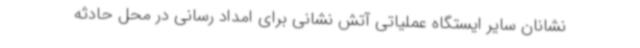
نشانان سایر ایستگاه عملیاتی آتش نشانی برای امداد رسانی در محل حادثه